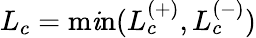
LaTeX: L_{c}=\operatorname*{m\mathit{i}n}(L_{c}^{(+)},L_{c}^{(-)})